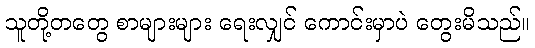
သူတို့တတွေ စာများများ ရေးလျှင် ကောင်းမှာပဲ တွေးမိသည်။